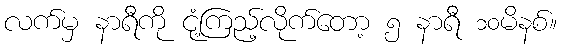
လက်မှ နာရီကို ငုံ့ကြည့်လိုက်တော့ ၅ နာရီ ၁၀မိနစ်။